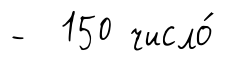
- 150 число́